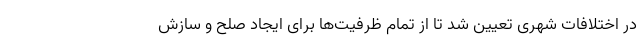
در اختلافات شهری تعیین شد تا از تمام ظرفیت‌ها برای ایجاد صلح و سازش